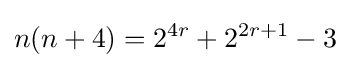
n(n+4)=2^{4r}+2^{2r+1}-3